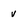
Character: v